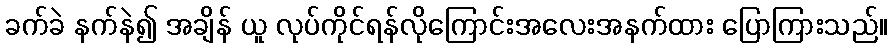
ခက်ခဲ နက်နဲ၍ အချိန် ယူ လုပ်ကိုင်ရန်လိုကြောင်းအလေးအနက်ထား ပြောကြားသည်။